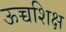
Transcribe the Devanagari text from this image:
ऊच्चशिक्ष